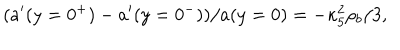
LaTeX: ( a ^ { \prime } ( y = 0 ^ { + } ) - a ^ { \prime } ( y = 0 ^ { - } ) ) / a ( y = 0 ) = - \kappa _ { 5 } ^ { 2 } \rho _ { b } / 3 ,